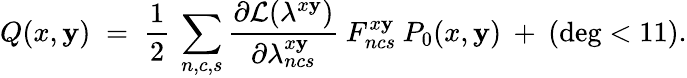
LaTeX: Q(x,\mathbf{y})\; =\; \frac{{1}}{{2}}\: \sum_{n,c,s}\frac{{\partial{\cal{L}}(\lambda^{x\mathbf{y}})}}{{\partial\lambda_{ncs}^{x\mathbf{y}}}}\: F_{ncs}^{x\mathbf{y}}\: P_{0}(x,\mathbf{y})\: +\: (\deg<11).